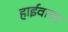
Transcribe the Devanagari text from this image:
हाईवायर